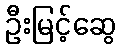
ဦးမြင့်ဆွေ